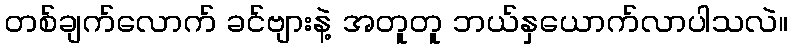
တစ်ချက်လောက် ခင်ဗျားနဲ့ အတူတူ ဘယ်နှယောက်လာပါသလဲ။